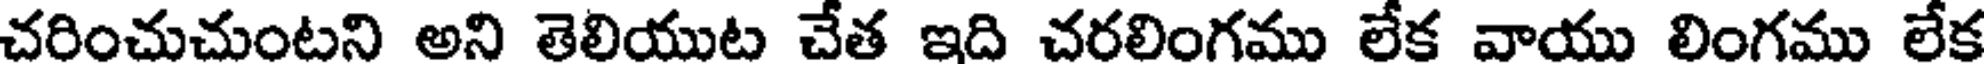
చరించుచుంటని అని తెలియుట చేత ఇది చరలింగము లేక వాయు లింగము లేక